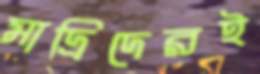
মাদ্রিদেরই